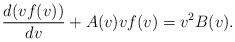
LaTeX: \begin{align*} \frac{d(vf(v))}{dv}+A(v)vf(v)=v^2B(v).\end{align*}